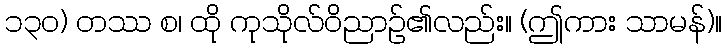
၁၃၀) တဿ စ၊ ထို ကုသိုလ်ဝိညာဉ်၏လည်း။ (ဤကား သာမန်)။